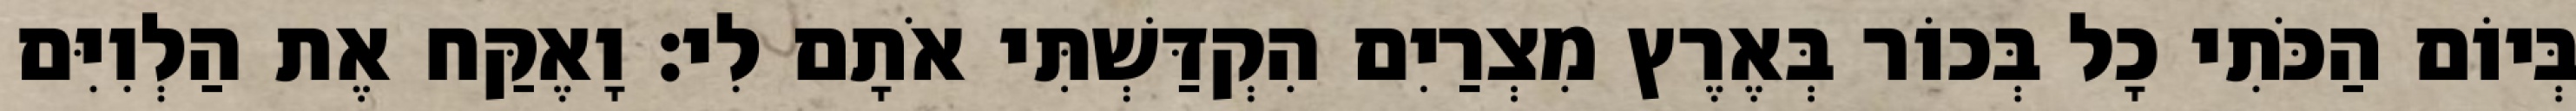
בְּיוֹם הַכֹּתִי כָל בְּכוֹר בְּאֶרֶץ מִצְרַיִם הִקְדַּשְׁתִּי אֹתָם לִי׃ וָאֶקַּח אֶת הַלְוִיִּם